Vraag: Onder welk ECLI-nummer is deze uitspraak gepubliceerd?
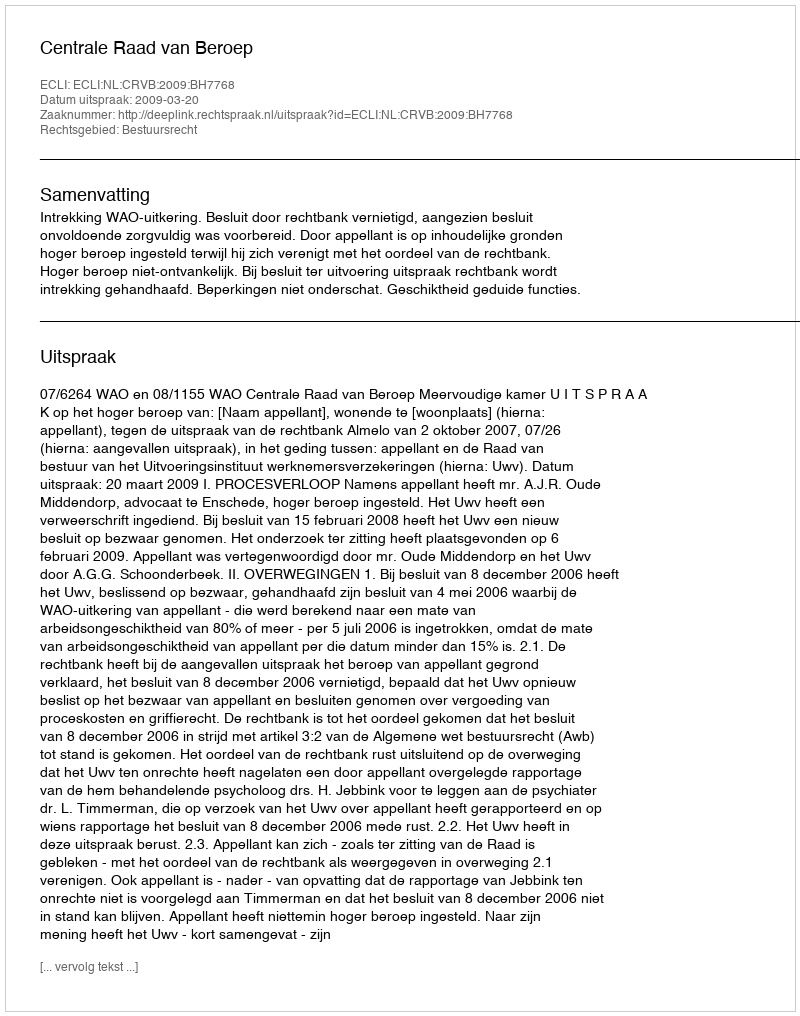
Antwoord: ECLI:NL:CRVB:2009:BH7768